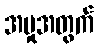
အမှုအတွက်